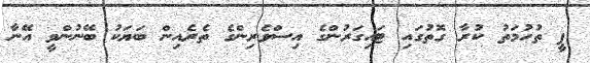
ޕީ ތުހުމަތު ކުރާ ގޮތުގައި ޓައިގަރުންގެ އިސްވެރިންގެ ތެރެއިން ބަޔަކު ބޭނުންވީ އޭނާ